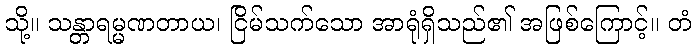
သို့။ သန္တာရမ္မဏတာယ၊ ငြိမ်သက်သော အာရုံရှိသည်၏ အဖြစ်ကြောင့်။ တံ